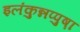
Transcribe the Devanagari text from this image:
इलंकुन्नप्पुष़ा